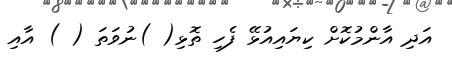
އަދި އާންމުކޮށް ކިޔައިއުޅޭ ފެހި ތޮޅި( )ނުވަތަ ( ) އާއި